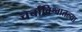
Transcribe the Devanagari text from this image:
चर्चाविश्वातल्या